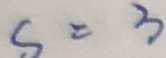
S = 3